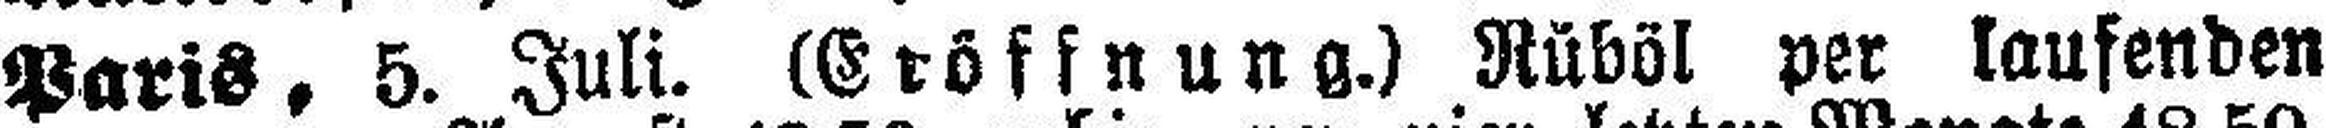
Paris, 5. Juli. (Eröffnung.) Rüböl per laufenden